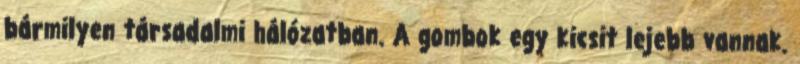
bármilyen társadalmi hálózatban. A gombok egy kicsit lejebb vannak.